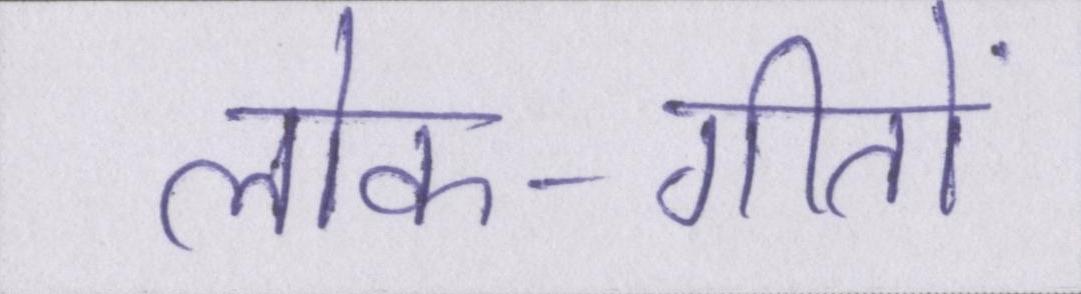
लोक-गीतों